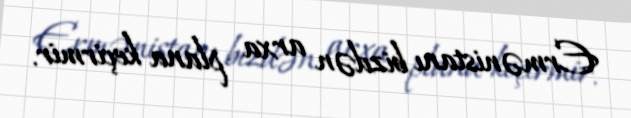
Ermənistanı bizdən arxa plana keçirmir.